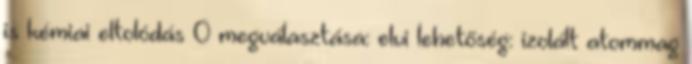
is kémiai eltolódás 0 megválasztása: elvi lehetőség: izolált atommag